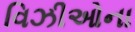
વિઝીઓના